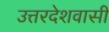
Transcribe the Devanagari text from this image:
उत्तरदेशवासी